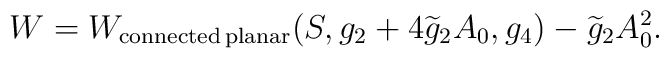
W = W_{{\rm connected\,planar}}(S,g_2 + 4 \widetilde{g}_2 A_0,g_4) -\widetilde{g}_2 A_0^2.